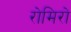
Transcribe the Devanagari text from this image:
रोमिरो